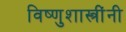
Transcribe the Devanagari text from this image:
विष्णुशास्त्रींनी